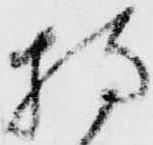
持